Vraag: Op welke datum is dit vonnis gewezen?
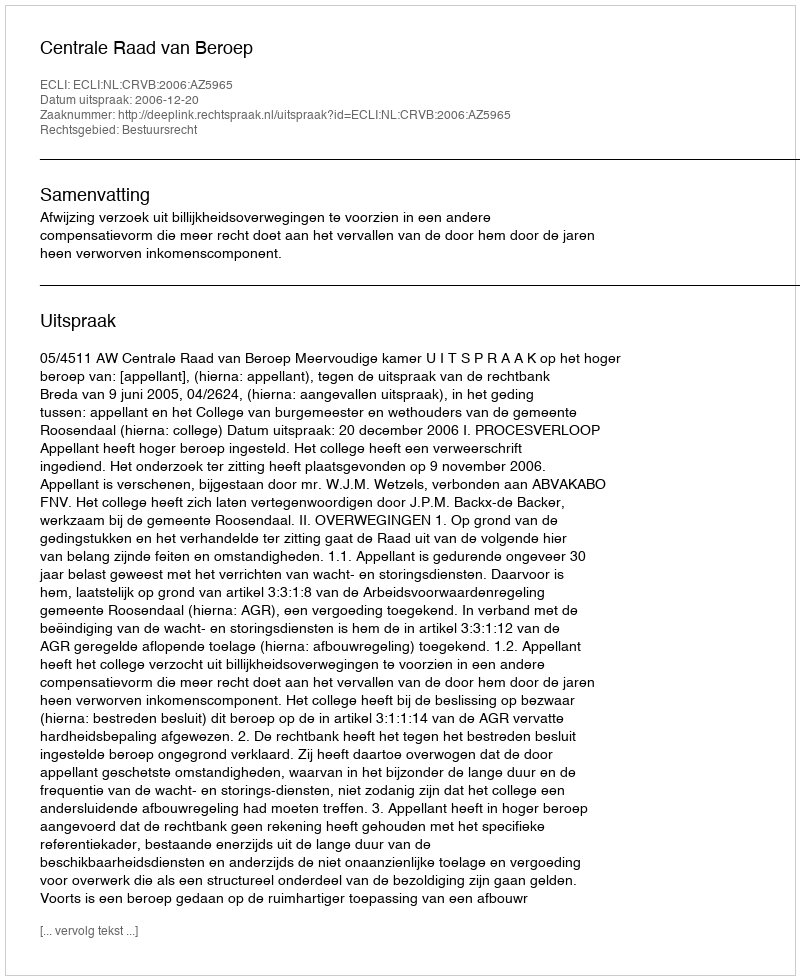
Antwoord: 2006-12-20